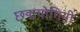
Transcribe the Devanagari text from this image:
छद्मयोगिनी